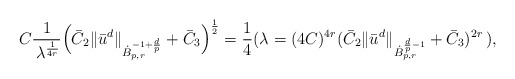
\begin{align*}C \frac{1}{\,\lambda^{\frac{1}{4r}}} \Big(\bar{C}_2\| \bar{u}^d \|_{\dot{B}_{p,r}^{-1+\frac{d}{p}}} + \bar{C}_3\Big)^{\frac{1}{2}}=\frac{1}{4}( \lambda = (4C)^{4r}(\bar{C}_2\| \bar{u}^d \|_{\dot{B}_{p,r}^{\frac{d}{p}-1}} + \bar{C}_3)^{2r}\,),\end{align*}